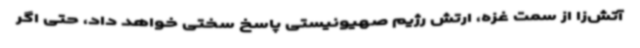
آتش‌زا از سمت غزه، ارتش رژیم صهیونیستی پاسخ سختی خواهد داد، حتی اگر